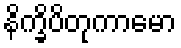
နိက္ခိပိတုကာမော